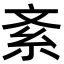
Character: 紊